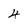
Character: 4